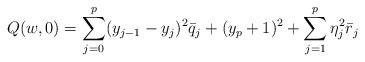
LaTeX: \begin{align*}Q(w, 0)=\sum_{j=0}^p(y_{j-1}-y_j)^2{\bar q}_j+(y_p+1)^2+\sum_{j=1}^p\eta^2_j{\bar r}_j\end{align*}